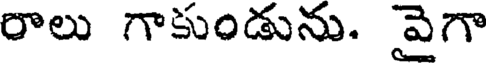
రాలు గాకుండును. వైగా